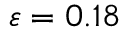
\varepsilon = 0 . 1 8